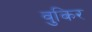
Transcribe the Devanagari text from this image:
वुकिर